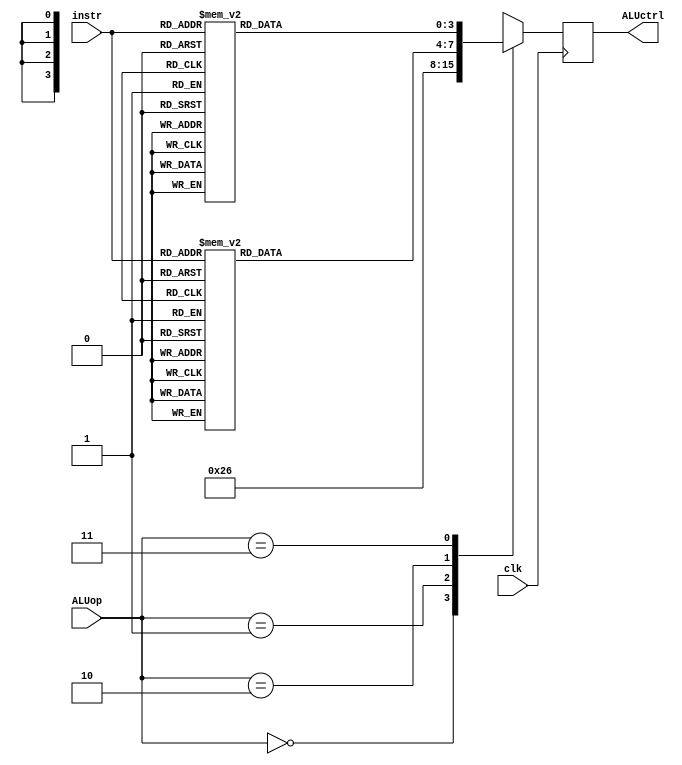
`timescale 1ns / 1ps
//////////////////////////////////////////////////////////////////////////////////
// Company: 
// Engineer: 
// 
// Design Name: 
// Module Name: ALUCTRL
// Project Name: 
// Target Devices: 
// Tool Versions: 
// Description: 
// 
// Dependencies: 
// 
// Revision:
// Revision 0.01 - File Created
// Additional Comments:
// 
//////////////////////////////////////////////////////////////////////////////////


module ALUCTRL(
input [3:0] instr,
input [1:0]ALUop,
output reg [3:0] ALUctrl ,
input clk

    );
    
    wire [5:0]alucheck;
    
    assign alucheck={ALUop,instr}; 
    always @ (posedge clk)
    begin
            case(ALUop)

    2'b00: ALUctrl<= 4'b0010; //add
    2'b01: ALUctrl<= 4'b0110; //sub
    2'b10: case(instr)
         4'b0000: ALUctrl<= 4'b0010; //add 
         4'b0111: ALUctrl<= 4'b0000; //and 
         4'b0110: ALUctrl<= 4'b0001; //or  
         4'b1000: ALUctrl<= 4'b0110; //sub 
         4'b0001: ALUctrl<= 4'b0011; //sll 
         4'b0010: ALUctrl<= 4'b0100; //slt 
         4'b0011: ALUctrl<= 4'b0101; //sltu
         4'b0100: ALUctrl<= 4'b0111; //xor 
         4'b0101: ALUctrl<= 4'b1000; //srl 
         4'b1101: ALUctrl<= 4'b1010; //sra 
             default: ALUctrl<= 4'bxxxx;
             endcase //
    2'b11:case(instr)
        4'b0000 : ALUctrl <= 4'b0010; // addi
        4'b0010 : ALUctrl <= 4'b0100; // slti
        4'b0011 : ALUctrl <= 4'b0101; // sltui
        4'b0100 : ALUctrl <= 4'b0111; // xori
        4'b0110 : ALUctrl <= 4'b0001; // ori
        4'b0111 : ALUctrl <= 4'b0000; // andi
        4'b0001 : ALUctrl <= 4'b0011; // slli
        4'b0101 : ALUctrl <= 4'b1000; // srli
        4'b1101 : ALUctrl <= 4'b1010; // srai
        default: ALUctrl<= 4'bxxxx;
          
  endcase
    default: ALUctrl<= 4'bxxxx;
    endcase
    end
endmodule